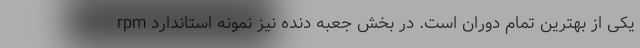
rpm یکی از بهترین تمام دوران است. در بخش جعبه دنده نیز نمونه استاندارد